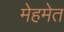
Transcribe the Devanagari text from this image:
मेहमेत